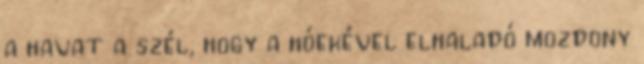
a havat a szél, hogy a hóekével elhaladó mozdony